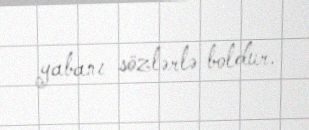
yabanı sözlərlə boldur.